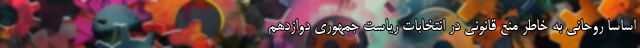
اساساً روحانی به خاطر منع قانونی در انتخابات ریاست جمهوری دوازدهم